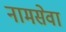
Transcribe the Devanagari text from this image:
नामसेवा